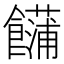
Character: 𩟢